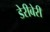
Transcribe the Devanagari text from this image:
डेरीबेरी